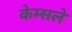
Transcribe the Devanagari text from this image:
केम्सले